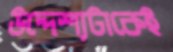
উদ্দেশ্যটাকেই